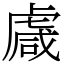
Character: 䖗